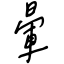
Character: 暈